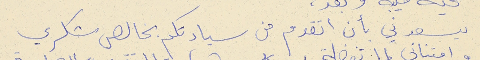
يسعدني بأن اتقدم من سيادتكم بخالص شكري